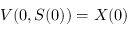
V ( 0 , S ( 0 ) ) = X ( 0 )